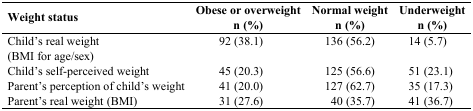
<table><thead><tr><td><b>Weight status</b></td><td><b>Obese or overweight n (%)</b></td><td><b>Normal weight n (%)</b></td><td><b>Underweight n (%)</b></td></tr></thead><tbody><tr><td>Child’s real weight (BMI for age/sex)</td><td>92 (38.1)</td><td>136 (56.2)</td><td>14 (5.7)</td></tr><tr><td>Child’s self-perceived weight</td><td>45 (20.3)</td><td>125 (56.6)</td><td>51 (23.1)</td></tr><tr><td>Parent’s perception of child’s weight</td><td>41 (20.0)</td><td>127 (62.7)</td><td>35 (17.3)</td></tr><tr><td>Parent’s real weight (BMI)</td><td>31 (27.6)</td><td>40 (35.7)</td><td>41 (36.7)</td></tr></tbody></table>